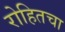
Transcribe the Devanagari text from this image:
रोहितचा